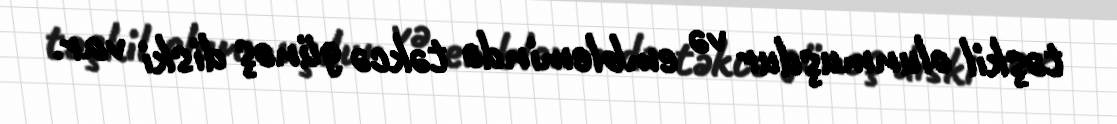
təşkil olunmuşdur və emblemində təkcə günəş diski var.